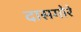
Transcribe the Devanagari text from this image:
दासगोरे